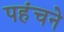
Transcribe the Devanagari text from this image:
पहंचने